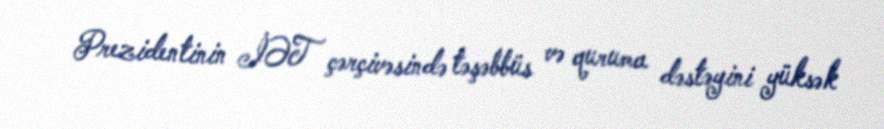
Prezidentinin İƏT çərçivəsində təşəbbüs və quruma dəstəyini yüksək